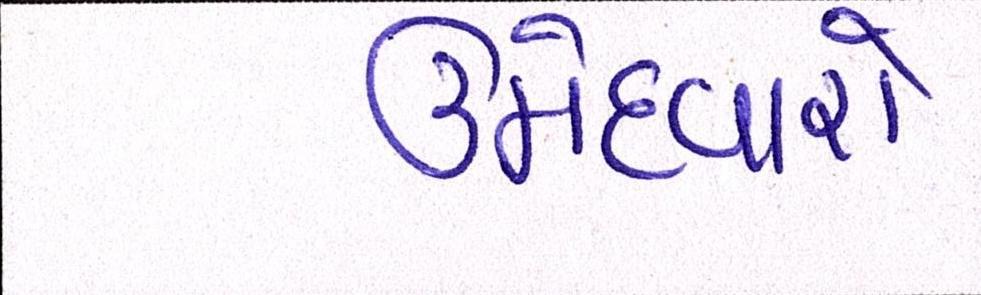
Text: ઉમેદવારો